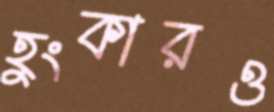
হুংকারও